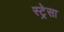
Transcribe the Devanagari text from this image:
स्ट्रेसा